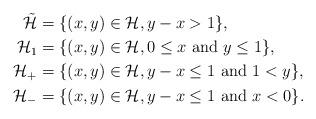
LaTeX: \begin{align*} \tilde{\mathcal{H}} & = \{(x,y) \in \mathcal{H}, y-x > 1\}, \\ \mathcal{H}_1 & = \{(x,y) \in \mathcal{H}, 0 \leq x \textrm{ and } y \leq 1 \}, \\ \mathcal{H}_+ & = \{(x,y) \in \mathcal{H}, y-x \leq 1 \textrm{ and } 1 < y \}, \\ \mathcal{H}_- & = \{(x,y) \in \mathcal{H}, y-x \leq 1 \textrm{ and } x < 0 \}. \end{align*}